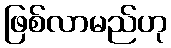
ဖြစ်လာမည်ဟု